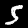
Label: 5